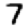
Digit: 7